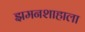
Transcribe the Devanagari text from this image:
झमनशाहाला